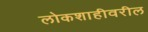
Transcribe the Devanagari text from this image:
लोकशाहीवरील